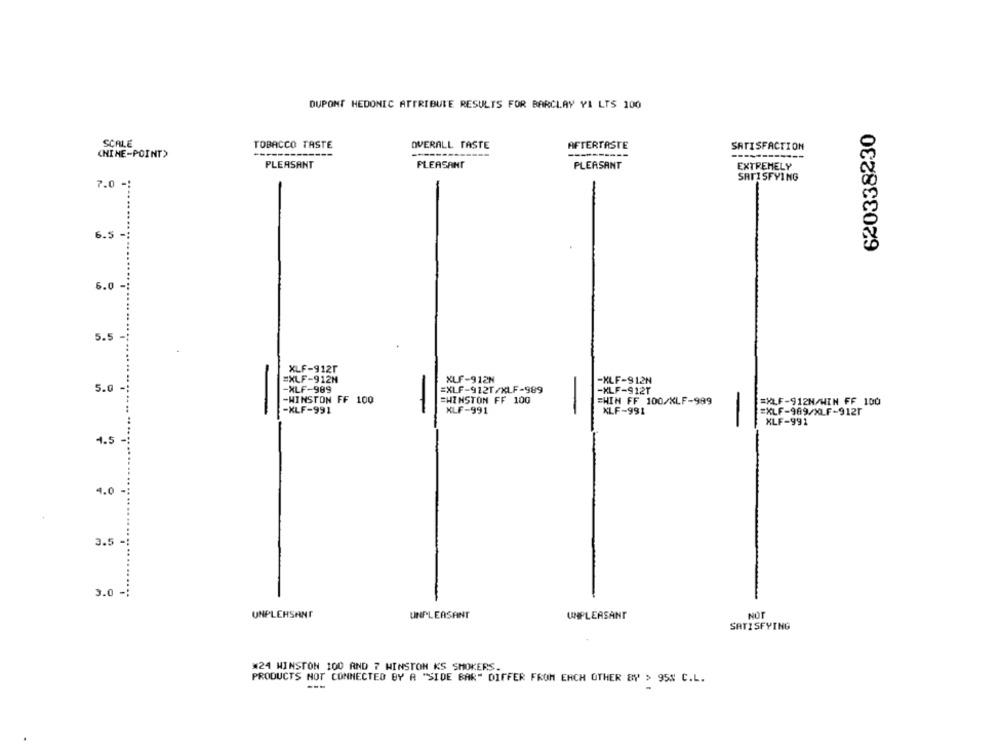
DUPONT HEDONIC ATTRIBUTE RESULTS FOR BARCLAY YI LTS 100
620338230
SCALE
TOBACCO TASTE
OVERALL TASTE
AFTERTASTE
SATISFACTION
(NINE-POINT>
---
PLEASANT
PLEASANT
PLEASANT
EXTREMELY
SATISFYING
7.0 -:
6.5-
6.0-
5.5-
XLF-9121
EXLF-912M
XLF-912N
-XLF-912N
5.0
-XLF-989
=XLF-912T/XLF-989
-XLF-912T
-WINSTON FF 100
=WINSTON FF 100
=WIN FF 100/XLF-999
=XLF-912N/WIN FF 100
-XLF-991
XLF-991
XLF-991
EXLF-989/XLF-9121
XLF-991
4.5
4.0
3.5-
3.0 -
-
UNPLEASANT
UNPLEASANT
UNPLEASANT
NOT
SATISFYING
#24 WINSTON 100 AND 7 WINSTON KS SMOKERS.
PRODUCTS NOT CONNECTED BY A "SIDE BAR" DIFFER FROM EACH OTHER BY > 95% C.L.
--